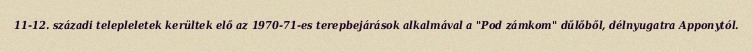
11-12. századi telepleletek kerültek elő az 1970-71-es terepbejárások alkalmával a "Pod zámkom" dűlőből, délnyugatra Apponytól.